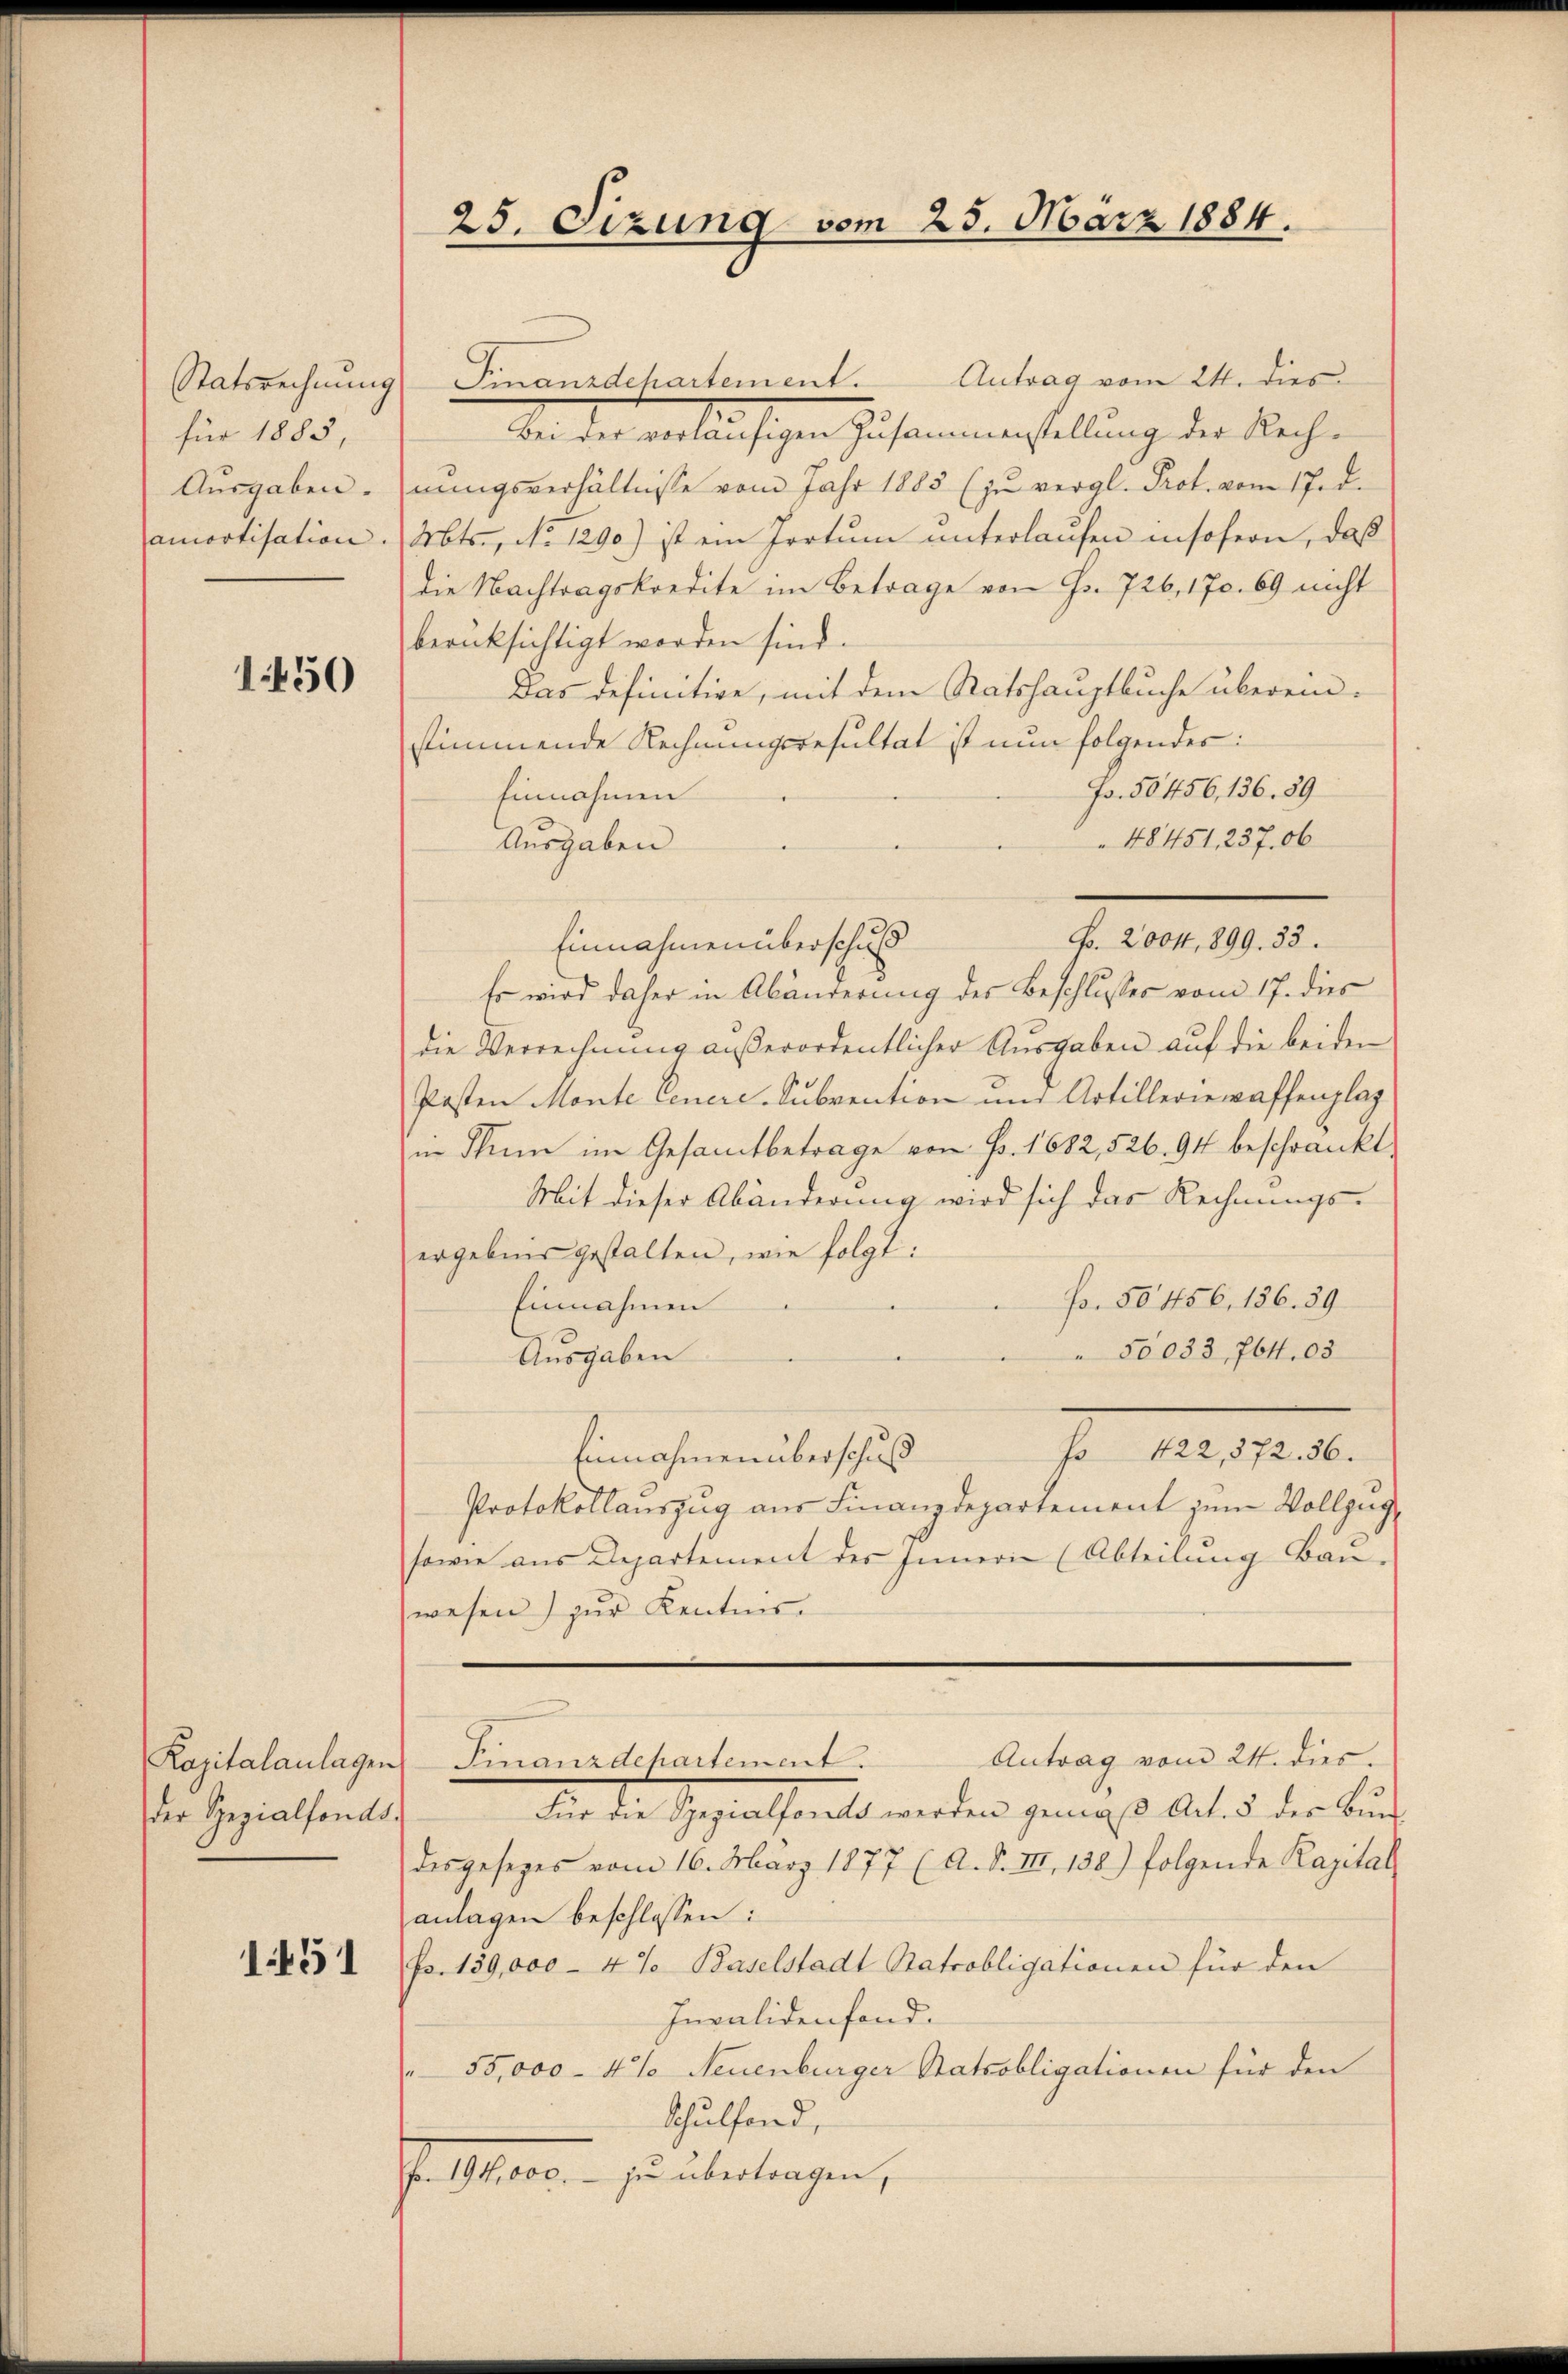
Statsrechnung
für 1885,

1450

der Spezialfonds.

1451

Antrag vom 24. dies
Finanzdchartement.
Die der verläufigen Zusammenstellung der Nach¬
Ausgaben. nŭngsverhältnisse vom Jahr 1883 (zu vergl. Prot. vom 17. d.
amortisation . Mts., No 1290) ist ein Irrtum unterlaufen insofern, daß
die Nachtragskredite im Betrage von Fr. 726, 170. 69 nicht
berücksichtigt worden sind.
Das definitive, mit dem Ratshauptbuche überein-
stimmende Rechnungsresultat ist nun folgendes:
Fr. 50456, 136. 89
Einnahmen
48451, 237. 06
Ausgaben
Einnahmen überschuß
Es wird daher in Abänderung des Beschlusses vom 17. dies
die Verrechnung außerordentlicher Ausgaben auf die beiden
Posten Monte Genere Subvention und Artilleriewaffenplag
in Thun im Gesamtbetrage von Fr. 1682, 526. 94 beschränkt
Mit dieser Abänderung wird sich das Rechnungs-
ergebnis gestalten, wie folgt:
Fr. 50 456. 136. 39
Einnahmen
50033, 764. 03
Ausgaben
fo des 1816.
Einnahmen überschuß
Protokollauszug aus Finanzdepartement zum Vollzug
sowie aus Departement des Innern (Abteilung Bau-
wesen) zur Kenntnis.

25. Sizung vom 25. März 1884.

Für die Gegenthielt werden gemäß Art. 5 der Bund
desgesetzes vom 16. März 1877 (A. S. III 138.) folgende Kapital
anlagen beschlossen:
Fr. 139,000 - 4%. Baselstadt Natrobligationen für den
Invalidenfand.
55,000 - 4% Neuenburger Statsobligationen für den
Schulfond,
J. 1810. – so übertragen,

Fr. 2004, 899. 33.

Antrag vom 24. dies.
Kapitalanlagen Finanzdepartement.